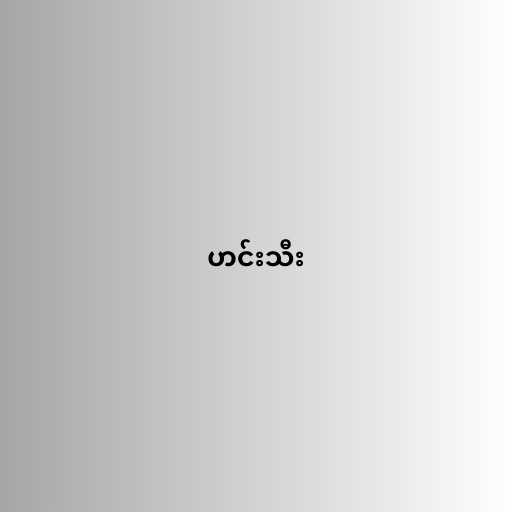
ဟင်းသီး